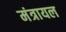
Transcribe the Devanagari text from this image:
मंत्रायल